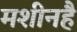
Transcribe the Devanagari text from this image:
मशीनहै